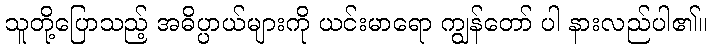
သူတို့ပြောသည့် အဓိပ္ပာယ်များကို ယင်းမာရော ကျွန်တော် ပါ နားလည်ပါ၏။